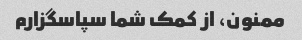
ممنون، از کمک شما سپاسگزارم